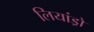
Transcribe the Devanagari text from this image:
लियांड्रो